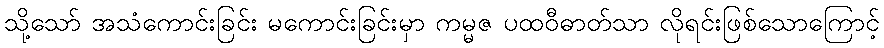
သို့သော် အသံကောင်းခြင်း မကောင်းခြင်းမှာ ကမ္မဇ ပထဝီဓာတ်သာ လိုရင်းဖြစ်သောကြောင့်